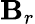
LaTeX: \mathbf{B}_{r}